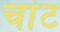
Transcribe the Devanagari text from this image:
चांट